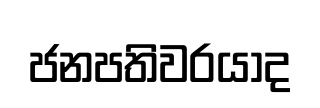
ජනපතිවරයාද